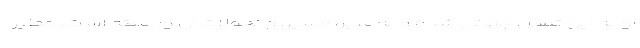
او به این تمدن جهانی شده و به سیر، مسیر، و تحولات آن وابسته است. خطیر